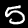
Label: 5